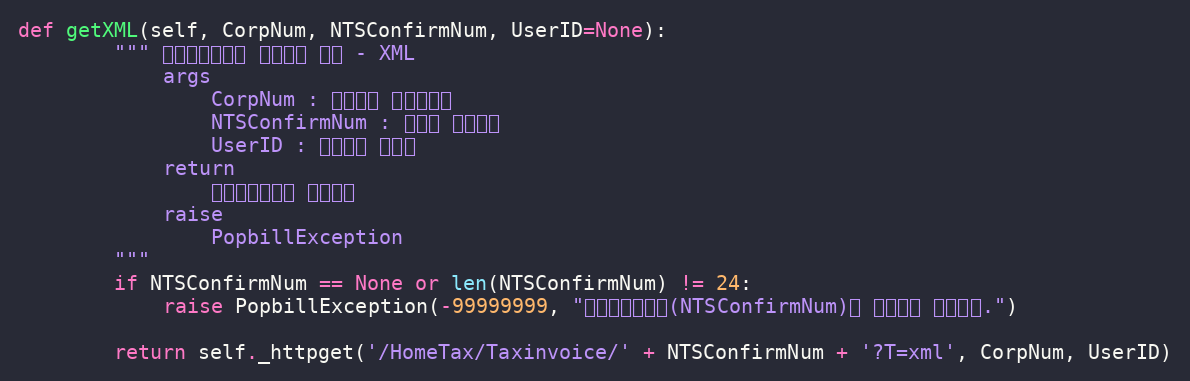
Language: Python
def getXML(self, CorpNum, NTSConfirmNum, UserID=None):
        """ 전자세금계산서 상세정보 확인 - XML
            args
                CorpNum : 팝빌회원 사업자번호
                NTSConfirmNum : 국세청 승인번호
                UserID : 팝빌회원 아이디
            return
                전자세금계산서 정보객체
            raise
                PopbillException
        """
        if NTSConfirmNum == None or len(NTSConfirmNum) != 24:
            raise PopbillException(-99999999, "국세청승인번호(NTSConfirmNum)가 올바르지 않습니다.")

        return self._httpget('/HomeTax/Taxinvoice/' + NTSConfirmNum + '?T=xml', CorpNum, UserID)